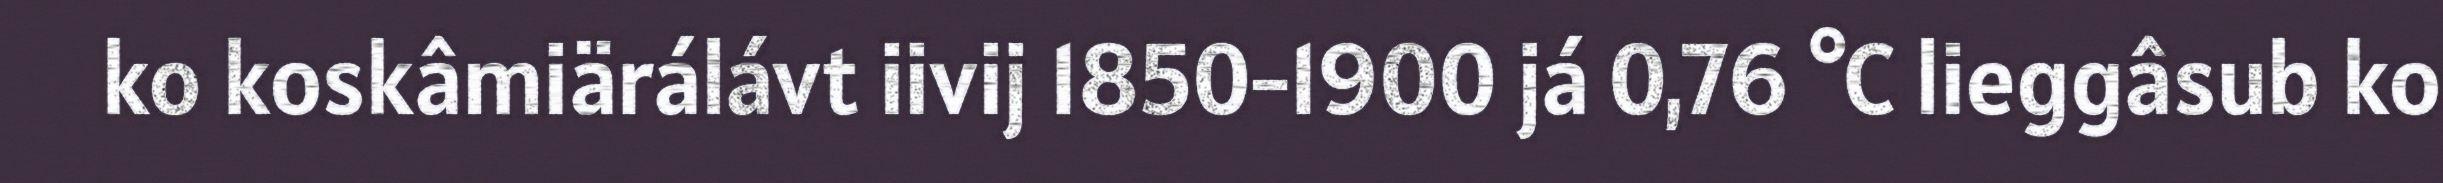
ko koskâmiärálávt iivij 1850−1900 já 0,76 °C lieggâsub ko